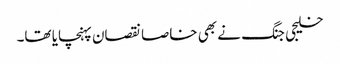
خلیجی جنگ نے بھی خاصا نقصان پہنچایا تھا۔